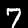
Label: 7